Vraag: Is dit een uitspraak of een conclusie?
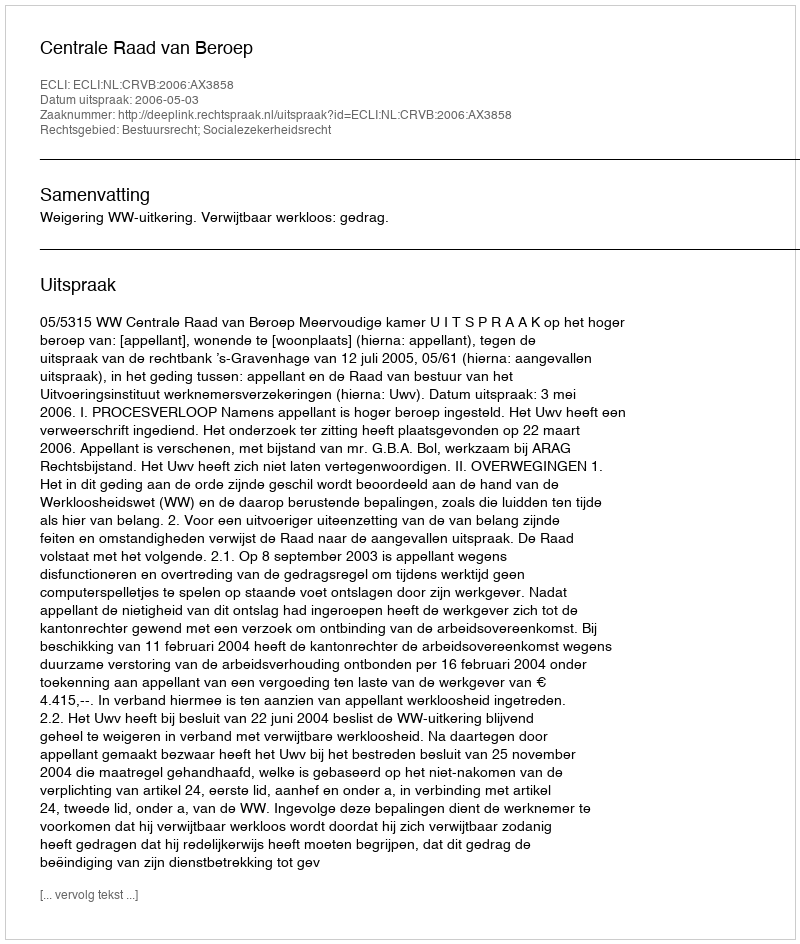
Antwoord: Uitspraak